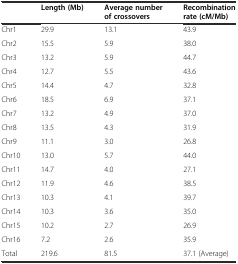
|  | Length (Mb) | Average number of crossovers | Recombination rate (cM/Mb) |
 | --- | --- | --- | --- |
 | Chr1 | 29.9 | 13.1 | 43.9 |
 | Chr2 | 15.5 | 5.9 | 38.0 |
 | Chr3 | 13.2 | 5.9 | 44.7 |
 | Chr4 | 12.7 | 5.5 | 43.6 |
 | Chr5 | 14.4 | 4.7 | 32.8 |
 | Chr6 | 18.5 | 6.9 | 37.1 |
 | Chr7 | 13.2 | 4.9 | 37.0 |
 | Chr8 | 13.5 | 4.3 | 31.9 |
 | Chr9 | 11.1 | 3.0 | 26.8 |
 | Chr10 | 13.0 | 5.7 | 44.0 |
 | Chr11 | 14.7 | 4.0 | 27.1 |
 | Chr12 | 11.9 | 4.6 | 38.5 |
 | Chr13 | 10.3 | 4.1 | 39.7 |
 | Chr14 | 10.3 | 3.6 | 35.0 |
 | Chr15 | 10.2 | 2.7 | 26.9 |
 | Chr16 | 7.2 | 2.6 | 35.9 |
 | Total | 219.6 | 81.5 | 37.1 (Average) |